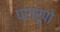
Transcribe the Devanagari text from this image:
प्रारूपो